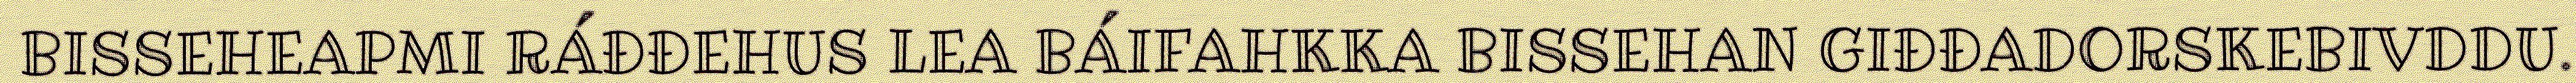
BISSEHEAPMI RÁĐĐEHUS LEA BÁIFAHKKA BISSEHAN GIĐĐADORSKEBIVDDU.